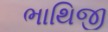
ભાથિજી